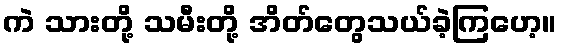
ကဲ သားတို့ သမီးတို့ အိတ်တွေသယ်ခဲ့ကြဟေ့။